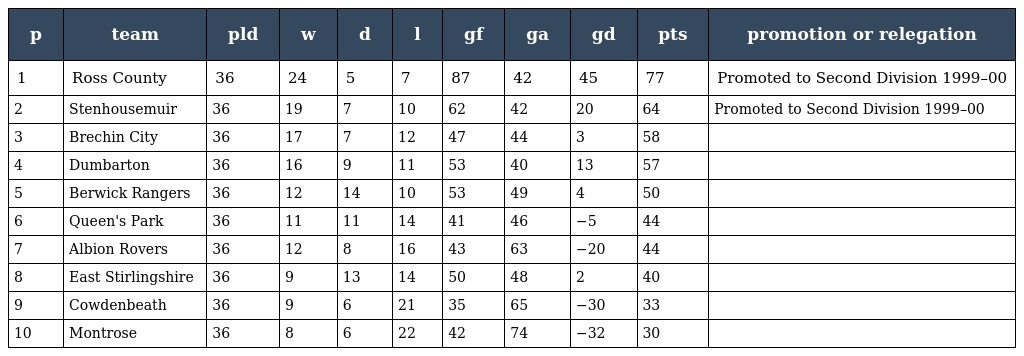
| p | team | pld | w | d | l | gf | ga | gd | pts | promotion or relegation |
 | --- | --- | --- | --- | --- | --- | --- | --- | --- | --- | --- |
 | 1 | Ross County | 36 | 24 | 5 | 7 | 87 | 42 | 45 | 77 | Promoted to Second Division 1999–00 |
 | 2 | Stenhousemuir | 36 | 19 | 7 | 10 | 62 | 42 | 20 | 64 | Promoted to Second Division 1999–00 |
 | 3 | Brechin City | 36 | 17 | 7 | 12 | 47 | 44 | 3 | 58 |  |
 | 4 | Dumbarton | 36 | 16 | 9 | 11 | 53 | 40 | 13 | 57 |  |
 | 5 | Berwick Rangers | 36 | 12 | 14 | 10 | 53 | 49 | 4 | 50 |  |
 | 6 | Queen's Park | 36 | 11 | 11 | 14 | 41 | 46 | −5 | 44 |  |
 | 7 | Albion Rovers | 36 | 12 | 8 | 16 | 43 | 63 | −20 | 44 |  |
 | 8 | East Stirlingshire | 36 | 9 | 13 | 14 | 50 | 48 | 2 | 40 |  |
 | 9 | Cowdenbeath | 36 | 9 | 6 | 21 | 35 | 65 | −30 | 33 |  |
 | 10 | Montrose | 36 | 8 | 6 | 22 | 42 | 74 | −32 | 30 |  |